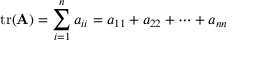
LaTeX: \operatorname { t r } ( \mathbf { A } ) = \sum _ { i = 1 } ^ { n } a _ { i i } = a _ { 1 1 } + a _ { 2 2 } + \dots + a _ { n n }